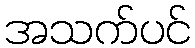
အသက်ပင်